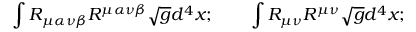
\int R _ { \mu \alpha \nu \beta } R ^ { \mu \alpha \nu \beta } \sqrt { g } d ^ { 4 } x ; \qquad \int R _ { \mu \nu } R ^ { \mu \nu } \sqrt { g } d ^ { 4 } x ;